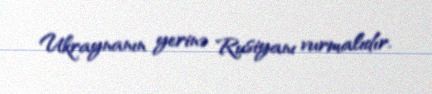
Ukraynanın yerinə Rusiyanı vurmalıdır.